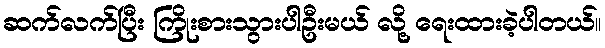
ဆက်လက်ပြီး ကြိုးစားသွားပါဦးမယ် လို့ ရေးထားခဲ့ပါတယ်။